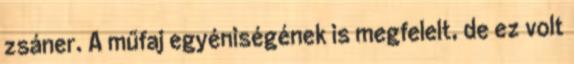
zsáner. A műfaj egyéniségének is megfelelt, de ez volt